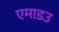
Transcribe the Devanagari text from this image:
एमाडउ